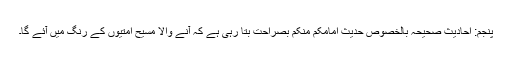
پنجم: احادیثِ صحیحہ بالخصوص حدیث امامکم منکم بصراحت بتا رہی ہے کہ آنے والا مسیح امتیوں کے رنگ میں آئے گا۔